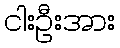
ငါးဦးအား